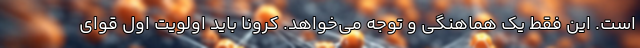
است. این فقط یک هماهنگی و توجه می‌خواهد. کرونا باید اولویت اول قوای